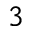
^ { 3 }